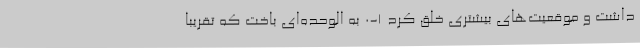
داشت و موقعیت‌های بیشتری خلق کرد 1-0 به الوحده‌ای باخت که تقریباً